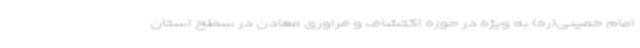
امام خمینی(ره) به ویژه در حوزه اکتشاف و فراوری معادن در سطح استان